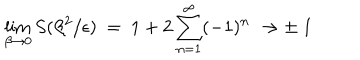
LaTeX: \lim _ { \beta \rightarrow 0 } S ( \beta ^ { 2 } / \epsilon ) \ = \ 1 + 2 \sum _ { n = 1 } ^ { \infty } ( - 1 ) ^ { n } \ \rightarrow \pm \ 1